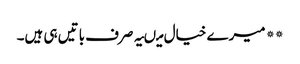
** میرے خیال میںیہ صرف باتیں ہی ہیں۔